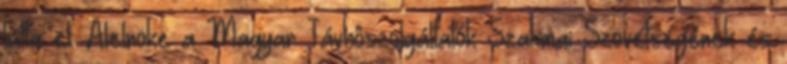
látta el. Alelnöke a Magyar Távhôszolgáltatók Szakmai Szövetségének és